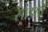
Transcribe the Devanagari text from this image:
सांडतो